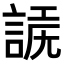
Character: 𧩗